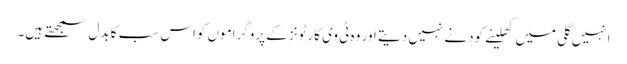
انہیں گلی میں کھلینے کودنے نہیں دیتے اور وہ ٹی وی کارٹونز کے پروگراموں کواس سب کا بدل سمجھتے ہیں۔